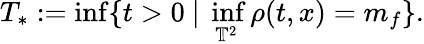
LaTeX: T_{*}:=\operatorname*{inf}\{ t>0\ \lvert\ \operatorname*{inf}_{\mathbb{T}^{2}}\rho(t,x)=m_{f}\} .